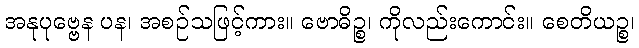
အနုပုဗ္ဗေန ပန၊ အစဉ်သဖြင့်ကား။ ဗောဓိဉ္စ၊ ကိုလည်းကောင်း။ စေတိယဉ္စ၊